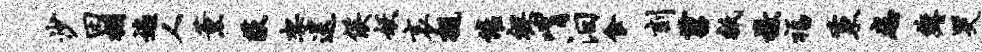
沙田棚遍人薰荻架送侯妖哀亲催裸喟汨食刻苕只檄福秉患缠哭